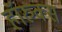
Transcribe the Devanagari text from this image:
हॉरुक्स